Vaccination in the Punjab 1897-1904 - 1897-1904
Year: 1897
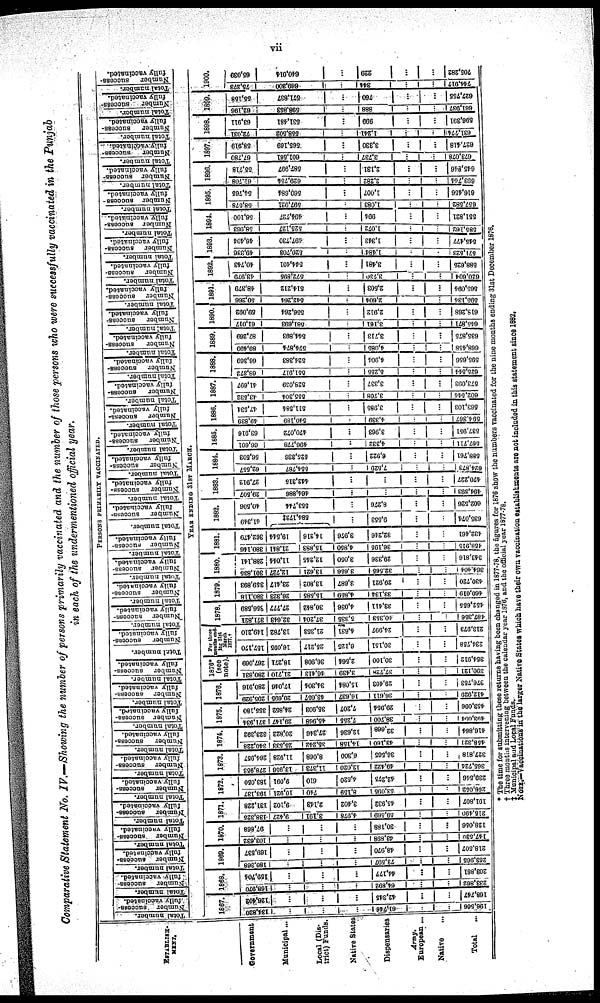
vii
Comparative Statement No. IV.—Showing the number of persons primarily vaccinated and the number of those persons who were successfully vaccinated in the Punjab
in each of the undermentioned official year.
PERSONS PRIMARILY VACCINATED.
ESTABLISH¬
MENT.
Government
Municipal...
Local (Dis-
trict) Funds.
Native States
Dispensaries
Army.
European ...
Native ...
Total ...
Total number.
Number
success¬
fully
vaccinated.
Total number.
Number
success-
fully vaccinated.
Total number.
Number
success-
fully vaccinated.
Total number.
Number
success-
fully vaccinated.
Tot al number.
Number s ucces s -
ful l y vaccinated.
Total number.
Number
success-
fully vaccinated.
Tot al number.
Number s ucces s -
ful l y vaccinated.
Total number.
Number s ucces s -
fully vaccinated.
Tot al number.
Number success-
ful l y vaccinated.
Tot al number.
Number success-
ful l y vaccinated. Total number.
Number success-
fully vaccinated.
Total number.
Nu mb e r success-
fully vaccinated.
Total number.
Number success-
fully vaccinated.
Total number.
Number success-
ful l y vaccinated.
Total number.
Number
success-
fully vaccinated.
Total number.
fully vaccinated.
Total number.
Number
success-
fully vaccinated.
Total number.
Number
success-
fully vaccinated.
Total number.
Number success-
fully vaccinated.
Total number.
Number
success-
fully vaccinated.
Total number.
Number
success-
fully vaccinated.
Total number.
Number success-
fully vaccinated.
Total number.
Number
success-
fully vaccinated.
Total number.
Number
success-
fully vaccinated.
Total number.
Number
success-
fully vaccinated.
Total number.
Number s ucces s -
fully vaccinated.
Total number.
Number
success-
fully vaccinated.
Total number.
Nu mb e r s ucces s -
fully vaccinated.
Total number.
Number success-
fully vaccinated.
Total number.
Number success-
fully vaccinated.
Total number.
Number success-
fully vaccinated.
| Total number.
Number
success
fully vaccinated.
Total number.
Number
success-
fully vaccinated.
Total number.
Number
success-
fully vaccinated.
Total number.
N umber success-
fully vaccinated.
YEAR ENDING 31ST MARCH.
1867.
134,820
...
...
...
61,746
...
...
196,566
126,402
...
...
...
42,345
...
...
168,747
1868.
l68,970
...
...
...
64,892
...
...
233,862
159, 704
...
...
...
44,177
...
...
203,881
1869.
180,368
...
...
73,597
...
...
263,965
169,537
...
...
...
48,970
...
...
218,507
1870.
103,632
...
...
...
43,898
...
...
147,530
97,868
...
...
...
30,188
...
...
128,056
1871.
138,325
9,427
3,191
4,978
59,569
...
...
215,490
131,228
9,102
2,143
3,402
45,932
...
...
191,807
1872.
193,137
10,921
740
8,159
53,095
...
...
266,052
183,050
9, 091
610
4,520
42,275
...
...
239,546
1873.
278,953
13,956
11,373
12,020
49,422
...
...
365,724
264,957
11,928
8,068
6,300
36,505
...
...
327,818
1874.
340,228
25,533
35,242
14,158
43,160
...
...
458,321
323,392
20,822
27,346
12,636
32 668
...
...
416,864
1875.
371,934
29,147
45,968
7,255
38,700
...
...
493,004
355,180
24,852
35,903
7,207
29,954
...
...
453,096
1876.
295,929
20,695
43,057
16,637
36,611
...
...
412,929
280,916
17,046
34,304
15,084
29,403
...
...
376,753
1876*
(see
note).
280,831
21,710
46,413
3,439
37,728
...
...
390,121
267,069
18,271
36,908
2,564
30,100
...
...
354,912
For three
months end-
ing 31st
March
1877.†
157,170
16,095
25,217
6,125
30,151
...
...
234,758
149,210
13,782
21,353
4,631
24,997
...
...
213,973
1878.
371,821
32,643
37,204
5,335
40,353
...
...
487,356
356,589
27,777
30,842
4,036
33,411
...
...
452,655
1879.
380,118
26,323
15,585
4,859
33,134
...
...
460,019
359,893
23,417
13,802
3,687
29,921
...
...
430,720
1880.
301, 835
12,727
13,621
3,656
32,565
...
...
364,404
288,141
11,044
12,245
3,050
29,336
...
...
343,816
1881.
380,146
21,841
15,883
4,850
36,195
...
...
458,915
362,479
19,544
14,216
3,976
32,246
...
...
432, 461
1882.
41,349
584,172‡
...
9,553
...
...
635,074
40,506
553,744
. . .
8,276
...
...
602,526
1883.
29,507
464,886
...
...
...
...
494,393
27,912
442,315
...
...
...
...
470, 227
1884.
62,557
554,787
...
7,529
...
...
624,873
56,503
525,336
...
6,922
...
...
588,761
1885.
66,601
496,778
...
4,332
...
...
567,711
63,916
470,072
...
3,963
...
...
537,951
1886.
49,839
540,189
...
4,339
...
...
594,3671
47,534
511,584
...
3,985
...
...
563,103
1887.
43,532
555,304
...
3,708
...
...
602,644
41,697
528,059
...
3,337
...
...
573,093
1888.
68,372
551,917
...
5,255
...
...
625,544
66,369
524,383
...
4,904
...
...
595,656
1889.
89,499
574,874
...
4,085
...
...
668,458
87,269
544,893
...
3,713
...
...
635,875
1890.
61, 017
581,693
...
3,161
...
...
645,871
59, 092
556,264
...
2,912
...
...
618, 268
1891.
50,266
542,264
...
2,604
...
...
595,134
48,379
514,212
...
2,503
...
...
565,094
1892.
43,979
572,895
...
3,730
...
...
620,604
40,743
544,401
...
3,481
...
...
588, 625
1893.
49,336
520,703
...
1,484
...
...
571,523
46,404
497,730
...
1,343
...
...
545,477
1894.
58,963
525,127
...
1,072
...
...
585,162
56,100
494,727
...
994
...
...
551,821
1895.
58,578
597,931
...
1,083
...
...
657,582
54,765
560,684
...
1,107
...
...
616, 456
1896.
61,708
629,754
...
2,282
...
...
693,744
55,718
587,997
...
2,131
...
...
645,846
1897.
67,780
601,561
...
3,737
...
...
673,078
58,919
565,169
...
3,330
...
...
627,418
1898.
72,031
558,502
...
1,241
...
...
631,774
63,911
531,481
...
999
...
...
596,391
1899.
62,196
598,853
...
888
...
...
661,937
55,158
571,837
...
760
...
...
627,755
1900.
75,273
669,300
...
344
...
...
744,917
65,039
640,014
...
229
...
...
705,282
* The time for submitting these returns having been changed in 1877-78, the figures for 1876 show the numbers vaccinated for the nine months ending 31st December 1876.
† Three months intervening between the calendar year 1876, and the official year 1877-78.
†Municipal and Local Funds.
NOTE.- Vaccinations i n the larger Native States which have their own vaccination establishments are not included in this statement since 1882.